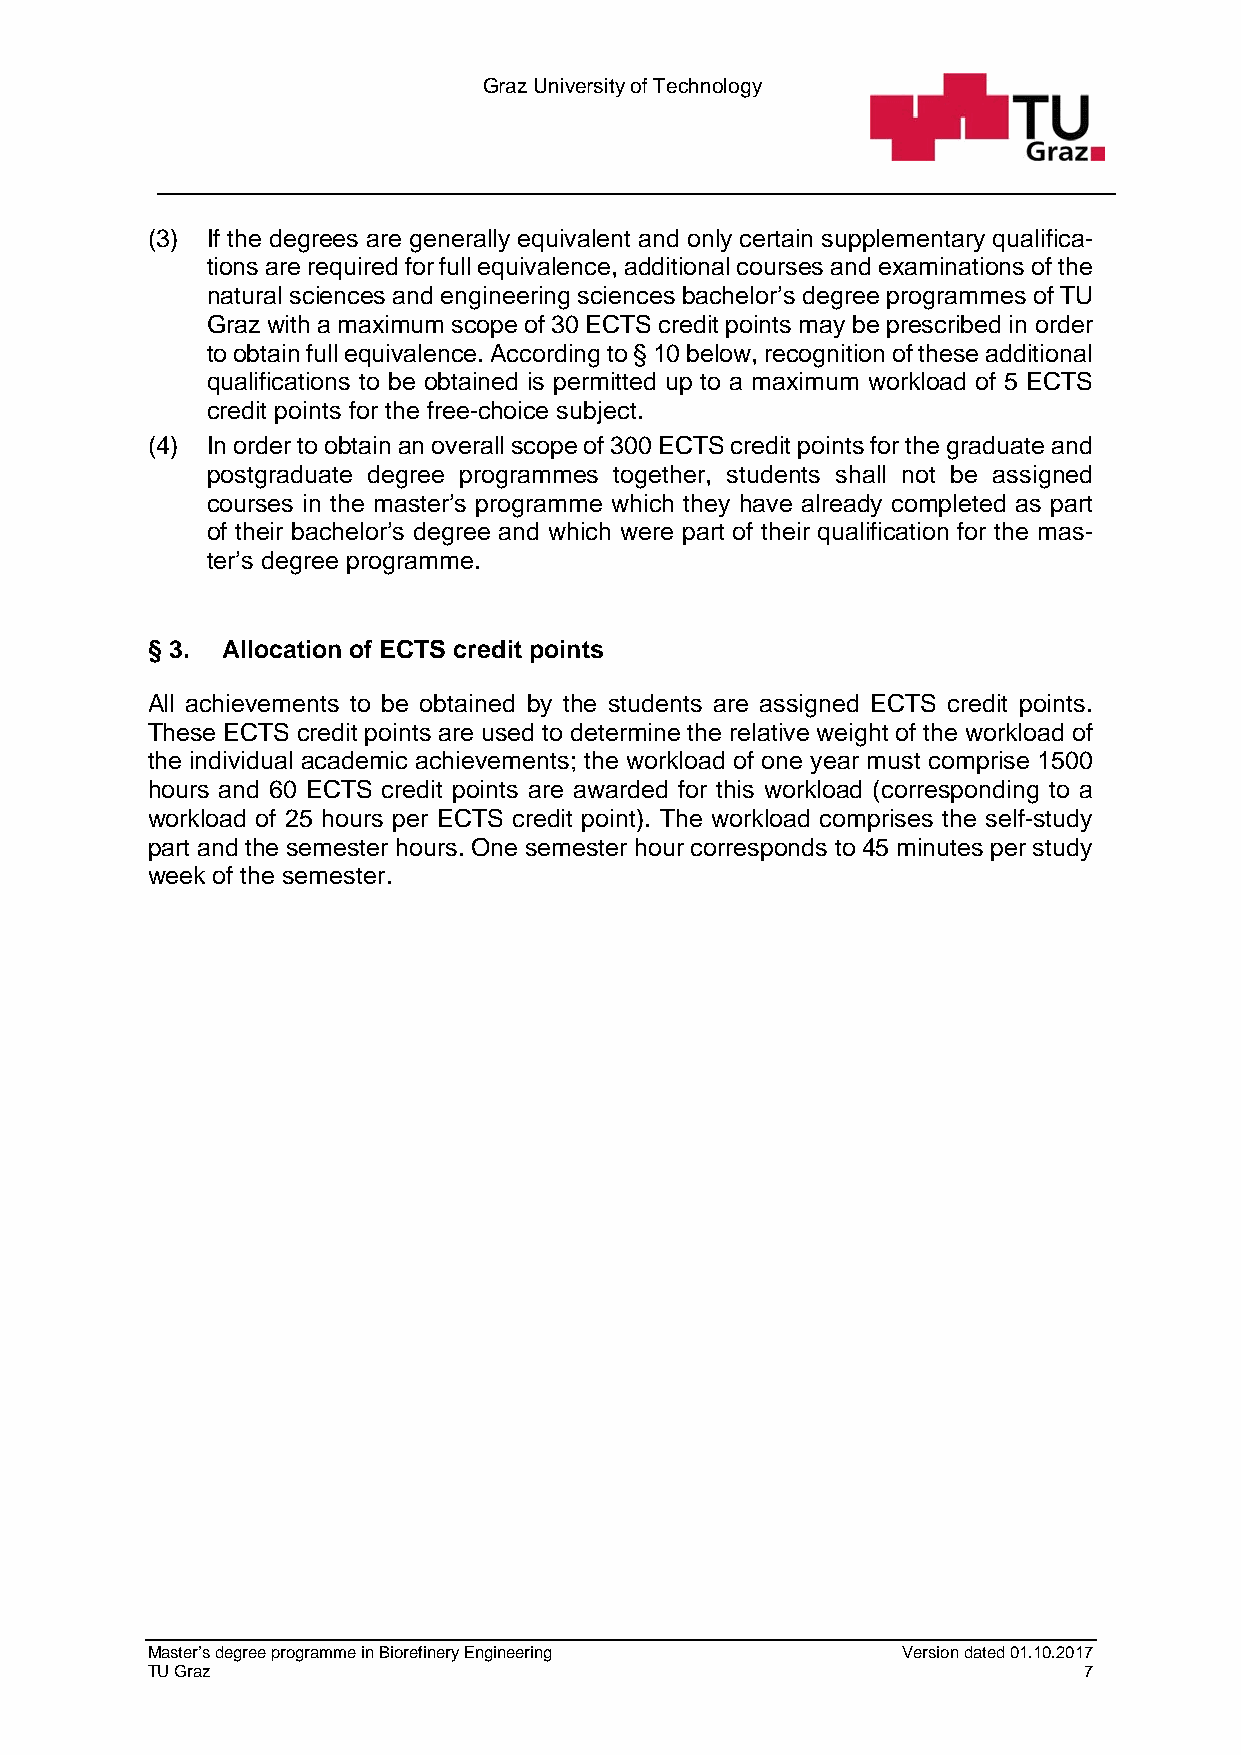
Graz University of Technology
 (3) If the degrees are generally equivalent and only certain supplementary qualifica-
 tions are required for full equivalence, additional courses and examinations of the
 natural sciences and engineering sciences bachelor’s degree programmes of TU
 Graz with a maximum scope of 30 ECTS credit points may be prescribed in order
 to obtain full equivalence. According to § 10 below, recognition of these additional
 qualifications to be obtained is permitted up to a maximum workload of 5 ECTS
 credit points for the free-choice subject.
 (4) In order to obtain an overall scope of 300 ECTS credit points for the graduate and
 postgraduate degree programmes together, students shall not be assigned
 courses in the master’s programme which they have already completed as part
 of their bachelor’s degree and which were part of their qualification for the mas-
 ter’s degree programme.
 § 3. Allocation of ECTS credit points
 All achievements to be obtained by the students are assigned ECTS credit points.
 These ECTS credit points are used to determine the relative weight of the workload of
 the individual academic achievements; the workload of one year must comprise 1500
 hours and 60 ECTS credit points are awarded for this workload (corresponding to a
 workload of 25 hours per ECTS credit point). The workload comprises the self-study
 part and the semester hours. One semester hour corresponds to 45 minutes per study
 week of the semester.
 Master’s degree programme in Biorefinery Engineering Version dated 01.10.2017
 TU Graz                                                       7